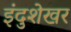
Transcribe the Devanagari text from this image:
इंदुशेखर